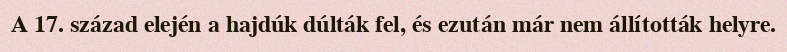
A 17. század elején a hajdúk dúlták fel, és ezután már nem állították helyre.